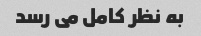
به نظر کامل می رسد